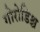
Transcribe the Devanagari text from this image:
गोरोडिश्च